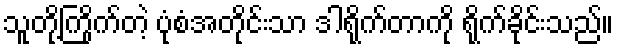
သူတို့ကြိုက်တဲ့ ပုံစံအတိုင်းသာ ဒါရိုက်တာကို ရိုက်ခိုင်းသည်။